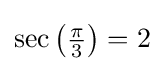
\sec \left({\tfrac {\pi }{3}}\right)=2